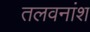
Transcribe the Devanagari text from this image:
तलवनांश